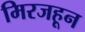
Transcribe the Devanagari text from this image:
मिरजहून